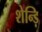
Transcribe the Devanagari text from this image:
शेन्ड़ि